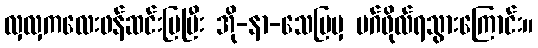
လှလှကလေးဖန်ဆင်းပြပြီး အို-နာ-သေပြမှ မဂ်ဖိုလ်ရသွားကြောင်း။